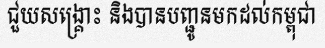
ជួយសង្គ្រោះ និងបានបញ្ជូនមកដល់កម្ពុជា